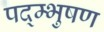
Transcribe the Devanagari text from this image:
पद्म्भुषण